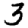
Digit: 3